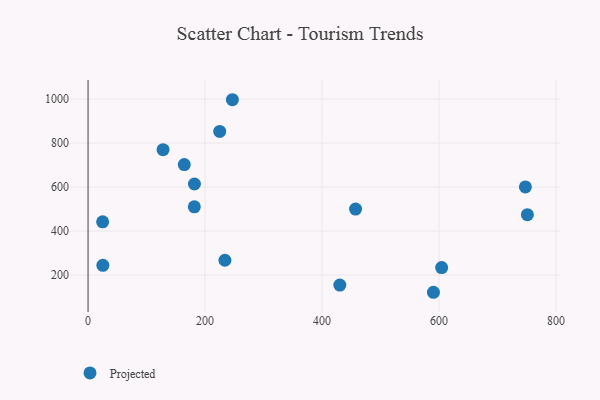
{"axis": {"x": "Ad Spend", "y": "Salary"}, "legend": ["Projected"], "data": [{"x": "24.9", "y": 441.8, "type": "Projected"}, {"x": "164.5", "y": 701.9, "type": "Projected"}, {"x": "430.5", "y": 154.3, "type": "Projected"}, {"x": "604.6", "y": 233.6, "type": "Projected"}, {"x": "457.4", "y": 499.8, "type": "Projected"}, {"x": "234.0", "y": 267.0, "type": "Projected"}, {"x": "747.8", "y": 600.3, "type": "Projected"}, {"x": "128.2", "y": 769.6, "type": "Projected"}, {"x": "246.8", "y": 996.8, "type": "Projected"}, {"x": "25.3", "y": 243.8, "type": "Projected"}, {"x": "225.1", "y": 852.5, "type": "Projected"}, {"x": "181.9", "y": 613.6, "type": "Projected"}, {"x": "590.6", "y": 121.5, "type": "Projected"}, {"x": "751.2", "y": 474.2, "type": "Projected"}, {"x": "181.7", "y": 510.0, "type": "Projected"}]}